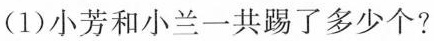
(1)小芳和小兰一共踢了多少个？